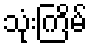
သုံးကြိမ်